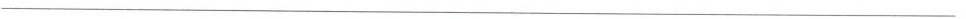
___